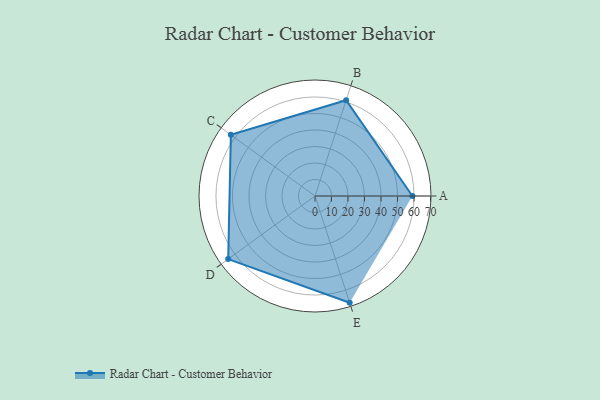
{"axis": {"x": "Skill", "y": "Score"}, "legend": ["Profile"], "data": [{"x": "A", "y": 59.0, "type": "Profile"}, {"x": "B", "y": 61.0, "type": "Profile"}, {"x": "C", "y": 63.0, "type": "Profile"}, {"x": "D", "y": 65.0, "type": "Profile"}, {"x": "E", "y": 68.0, "type": "Profile"}]}